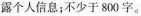
露个人信息；不少于800字。